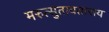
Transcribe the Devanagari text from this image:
मरुत्सुतावताराय